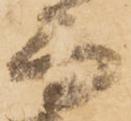
而